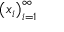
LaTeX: \left( x _ { i } \right) _ { i = 1 } ^ { \infty }